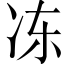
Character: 冻